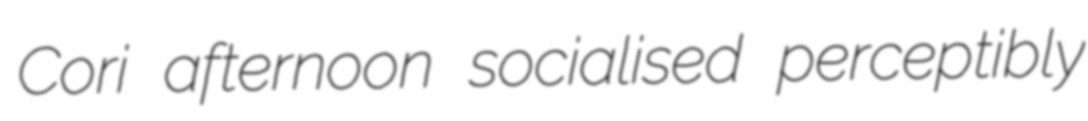
Cori afternoon socialised perceptibly